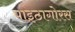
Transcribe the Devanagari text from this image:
पाइठागोरस